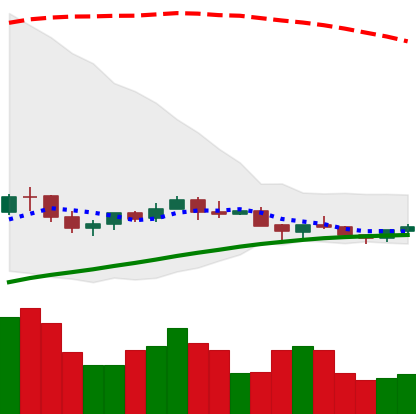
Ticker: NEO-USD
Chart end date: 2021-06-14
Forward return: -11.608%
Label: down_7plus